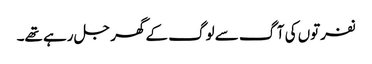
نفرتوں کی آگ سے لوگ کے گھر جل رہے تھے۔